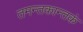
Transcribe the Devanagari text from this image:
तमन्तकान्तकं